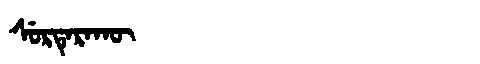
Manchu: ᠰᡠᡵᡨᡝᡵᠠᡴᡡ
Romanization: SURTERAKŪ